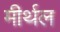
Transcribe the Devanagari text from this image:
मीर्थल